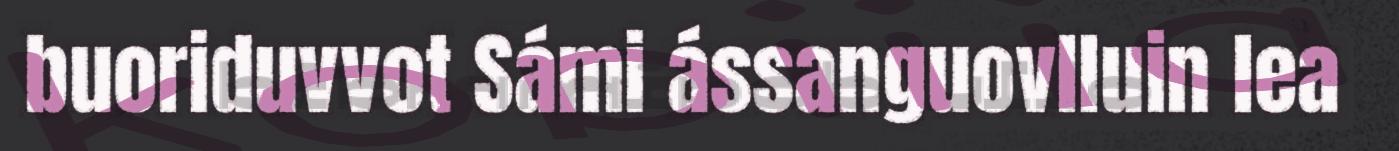
buoriduvvot Sámi ássanguovlluin lea